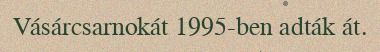
Vásárcsarnokát 1995-ben adták át.